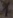
Text: 1